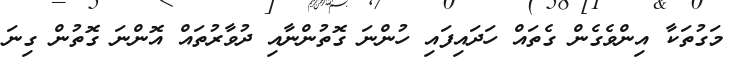
މަގުތަކާ އިންވެގެން ގެތައް ހަދައިފައި ހުންނަ ގޮތުންނާއި ދުވާރުތައް އޮންނަ ގޮތުން ގިނަ